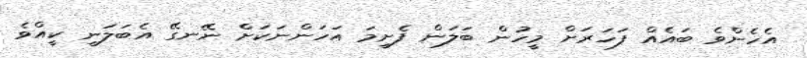
އެހެންވެ ބައެއް ފަހަރަށް މީހުން ބަލަން ފެށީމަ އަހަންނަކަށް ނޭނގޭ އެބަލަނީ ކީއްވެ